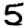
Digit: 5